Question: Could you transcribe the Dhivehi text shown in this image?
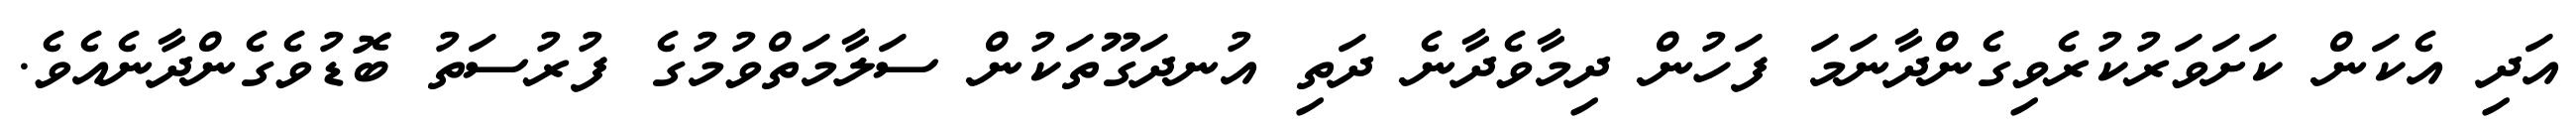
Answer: އަދި އެކަން ކަށަވަރުކުރެވިގެންދާނަމަ ފަހުން ދިމާވެދާނެ ދަތި އުނދަގޫތަކުން ސަލާމަތްވުމުގެ ފުރުސަތު ބޮޑުވެގެންދާނެއެވެ.